Report of the Indian Hemp Drugs Commission, 1894-1895 - Volume VIII
Year: 1894
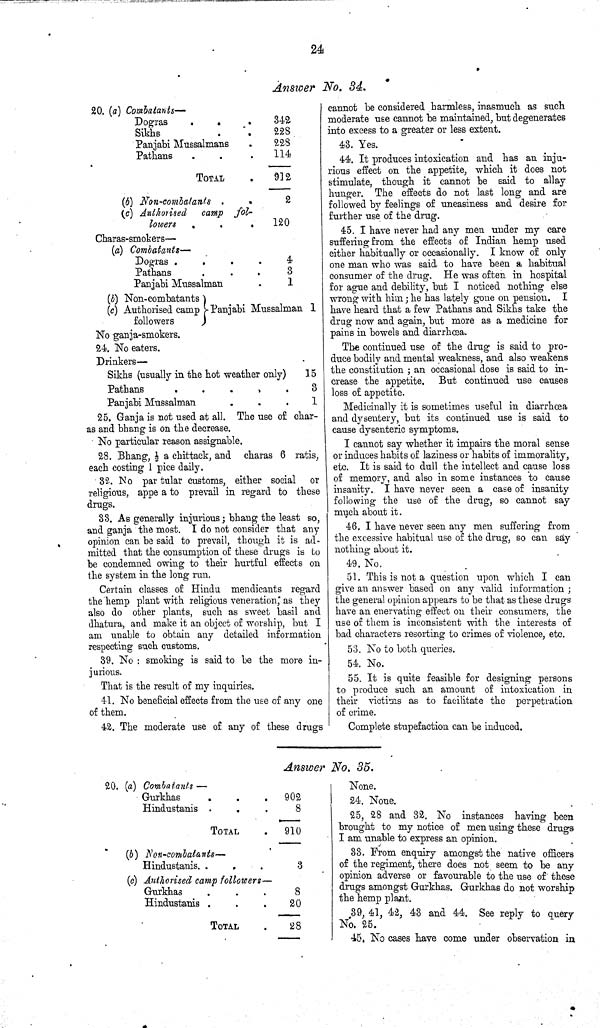
24
Answer No. 34.
20. (a) Combatants—
Dogras
342
Sikhs
228
Panjabi Mussalmans
228
Pathans
114
TOTAL
912
(6) Non-combatants
2
(c) Authorised camp fol-
lowers
120
Charas-smokers—
(a) Combatants—
Dogras
4
Pathans
3
Panjabi Mussalman
1
(b) Non-combatants
(c) Authorised camp
followers
Panjabi Mussalman 1
No ganja-smokers.
24. No eaters.
Drinkers—
Sikhs (usually in the hot weather only)
15
Pathans
3
Panjabi Mussalman
1
25. Ganja is not used at all. The use ot char-
as and bhang is on the decrease.
No particular reason assignable.
28. Bhang, 1/2 a ckittack, and charas 6 ratis,
each costing 1 pice daily.
32. No par tular customs, either social or
religious, appe a to prevail in regard to these
drugs.
33. As generally injurious; bhang the least so,
and ganja the most. I do not consider that any
opinion can be said to prevail, though it is ad-
mitted that the consumption of these drugs is to
be condemned owing to their hurtful effects on
the system in the long run.
Certain classes of Hindu mendicants regard
the hemp plant with religious veneration; as they
also do other plants, such as sweet basil and
dhatura, and make it an object of worship, but I
am unable to obtain any detailed information
respecting such customs.
39. No: smoking is said to be the more in-
jurious.
That is the result of my inquiries.
41. No beneficial effects from the use of any one
of them.
42. The moderate use of any of these drugs
cannot be considered harmless, inasmuch as such
moderate use cannot be maintained, but degenerates
into excess to a greater or less extent.
43. Yes.
44. It produces intoxication and has an inju-
rious effect on the appetite, which it does not
stimulate, though it cannot be said to allay
hunger. The effects do not last long and are
followed by feelings of uneasiness and desire for
further use of the drug.
45. I have never had any men under my care
suffering from the effects of Indian hemp used
either habitually or occasionally. I know of only
one man who was said to have been a habitual
consumer of the drug. He was often in hospital
for ague and debility, but I noticed nothing else
wrong with him; he has lately gone on pension. I
have heard that a few Pathans and Sikhs take the
drug now and again, but more as a medicine for
pains in bowels and diarrhœa.
The continued use of the drug is said to pro-
duce bodily and mental weakness, and also weakens
the constitution; an occasional dose is said to in-
crease the appetite. But continued use causes
loss of appetite.
Medicinally it is sometimes useful in diarrhoea
and dysentery, but its continued use is said to
cause dysenteric symptoms.
I cannot say whether it impairs the moral sense
or induces habits of laziness or habits of immorality,
etc. It is said to dull the intellect and cause loss
of memory, and also in some instances to cause
insanity. I have never seen a case of insanity
following the use of the drug, so cannot say
much about it.
46. I have never seen any men suffering from
the excessive habitual use of the drug, so can say
nothing about it.
49. No.
51. This is not a question upon which I can
give an answer based on any valid information;
the general opinion appears to be that as these drugs
have an enervating effect on their consumers, the
use of them is inconsistent with the interests of
bad characters resorting to crimes of violence, etc.
53. No to both queries.
54. No.
55. It is quite feasible for designing persons
to produce such an amount of intoxication in
their victims as to facilitate the perpetration
of crime.
Complete stupefaction can be induced.
Answer No. 35.
20. (a) Combatants —
Gurkhas
902
Hindustanis
8
TOTAL
910
(6) Non-combatants—
Hindustanis.
3
(c) Authorised camp followers—
Gurkhas
8
Hindustanis
20
TOTAL
28
24. None.
25, 28 and 32. No instances having been
brought to my notice of men using these drugs
I am unable to express an opinion.
33. From enquiry amongst the native officers
of the regiment, there does not seem to be any
opinion adverse or favourable to the use of these
drugs amongst Gurkhas. Gurkhas do not worship
the hemp plant.
39, 41, 42, 43 and 44. See reply to query
No. 25.
45. No cases have come under observation in